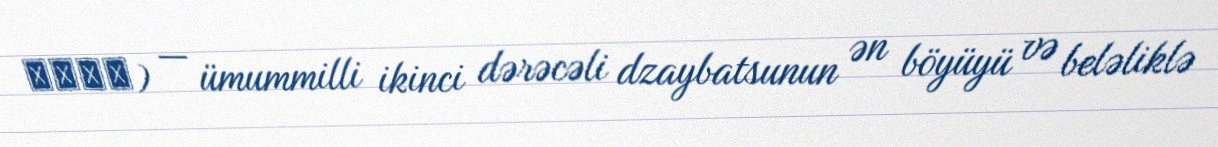
浅野財閥) — ümummilli ikinci dərəcəli dzaybatsunun ən böyüyü və beləliklə